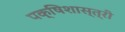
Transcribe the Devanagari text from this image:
पक्षिशास्त्री